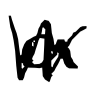
Text: a
Cross-out: zig-zag
Writing tool: digital_black